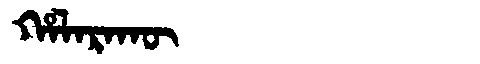
Manchu: ᡥᠠᠯᠠᡵᠠᡴᡡ
Romanization: HALARAKŪ